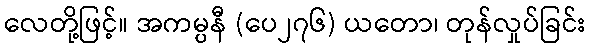
လေတို့ဖြင့်။ အကမ္ပနီ (ပေ၂၇၆) ယတော၊ တုန်လှုပ်ခြင်း